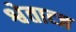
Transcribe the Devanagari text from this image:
श्वेताव्ज